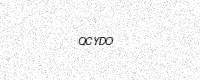
Text: QCYDO